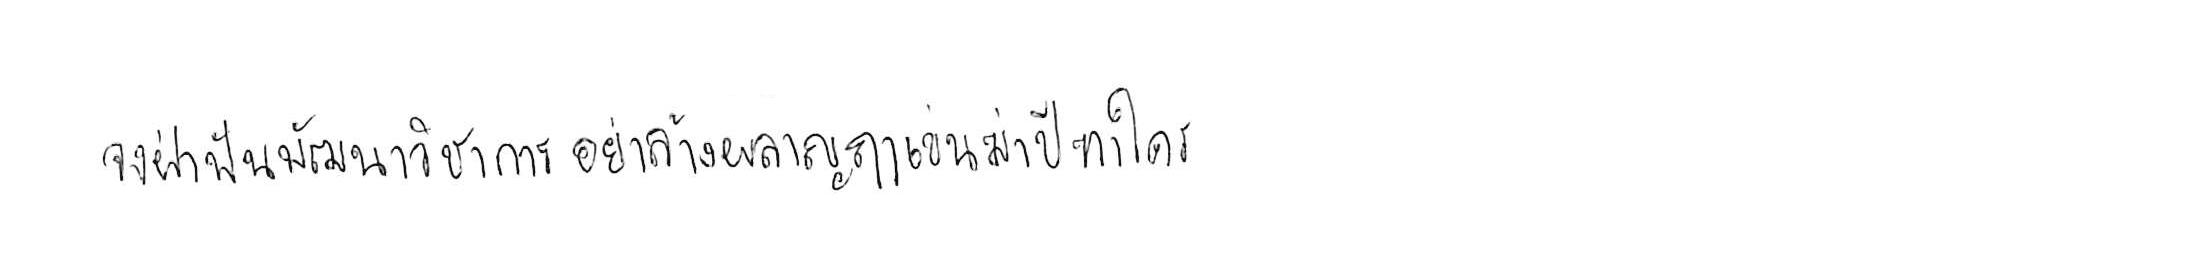
จงฝ่าฟันพัฒนาวิชาการ อย่าล้างผลาญฤๅเข่นฆ่าบีฑาใคร